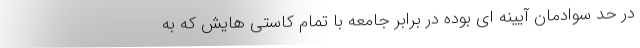
در حد سوادمان آیینه ای بوده در برابر جامعه با تمام کاستی هایش که به